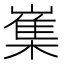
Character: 㠍